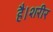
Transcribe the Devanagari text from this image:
है।शरीर